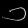
Digit: ၁